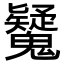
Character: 𩴷